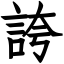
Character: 誇